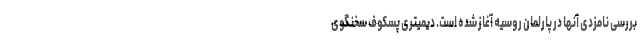
بررسی نامزدی آنها در پارلمان روسیه آغاز شده است. دیمیتری پسکوف سخنگوی